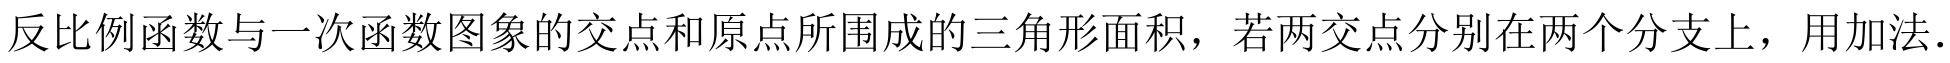
反比例函数与一次函数图象的交点和原点所围成的三角形面积，若两交点分别在两个分支上，用加法．